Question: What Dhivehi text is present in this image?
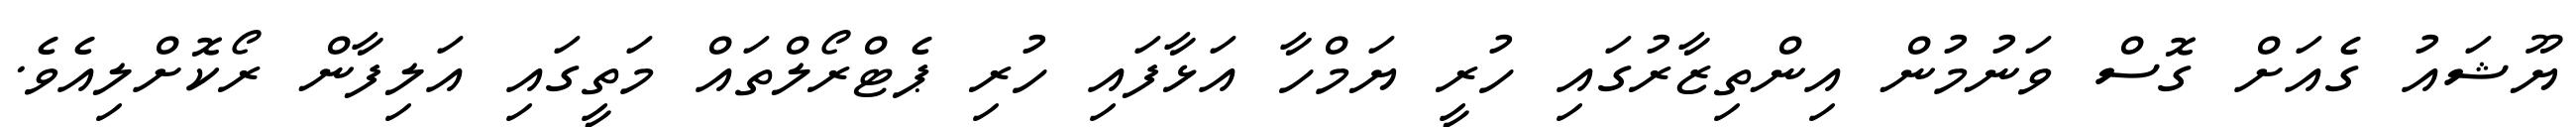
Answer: ޔޫޝައު ގެއަށް ގޮސް ވަނުމުން އިންތިޒާރުގައި ހުރީ ޔަމްހާ އަޅާފައި ހުރި ޕެޓްރޯލްތައް މަތީގައި އަލިފާން ރޯކޮށްލިއެވެ.